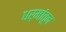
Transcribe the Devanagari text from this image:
धर्मांतून